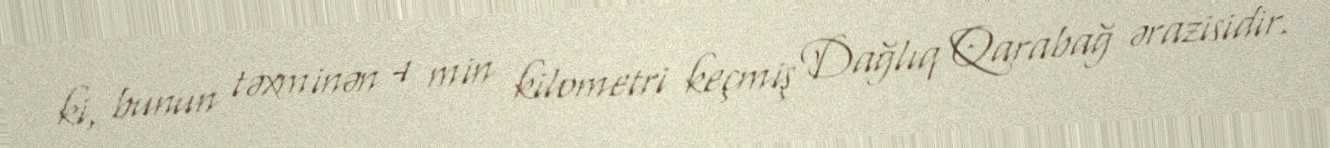
ki, bunun təxminən 4 min kilometri keçmiş Dağlıq Qarabağ ərazisidir.